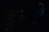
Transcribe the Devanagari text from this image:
डुन्डी